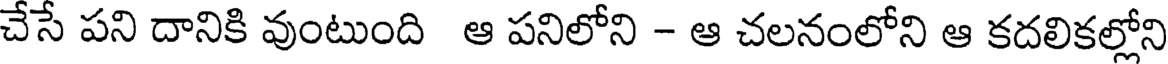
చేసే పని దానికి వుంటుంది ఆ పనిలోని - ఆ చలనంలోని ఆ కదలికల్లోని